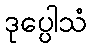
ဒုပ္ပေါသံ